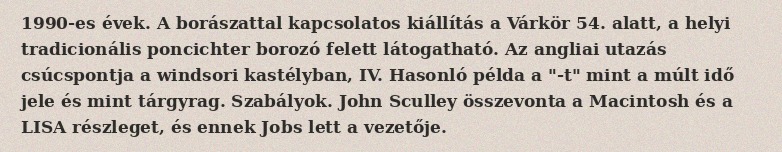
1990-es évek. A borászattal kapcsolatos kiállítás a Várkör 54. alatt, a helyi tradicionális poncichter borozó felett látogatható. Az angliai utazás csúcspontja a windsori kastélyban, IV. Hasonló példa a "-t" mint a múlt idő jele és mint tárgyrag. Szabályok. John Sculley összevonta a Macintosh és a LISA részleget, és ennek Jobs lett a vezetője.